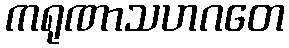
ကရုဏာသဟဂတေ